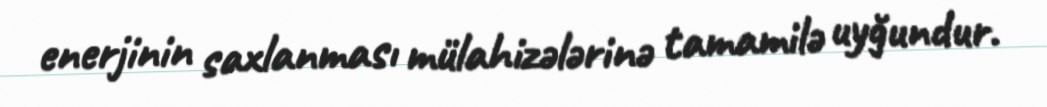
enerjinin saxlanması mülahizələrinə tamamilə uyğundur.